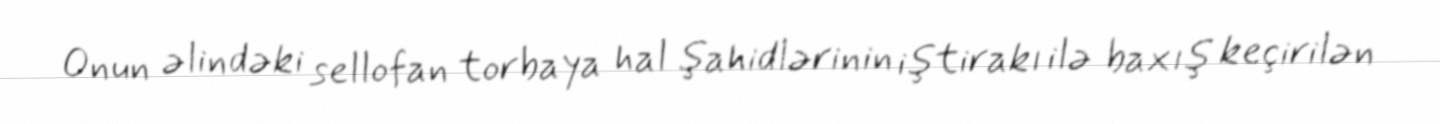
Onun əlindəki sellofan torbaya hal şahidlərinin iştirakı ilə baxış keçirilən